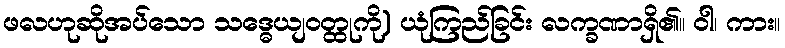
ဖလဟုဆိုအပ်သော သဒ္ဓေယျဝတ္ထုကို) ယုံကြည်ခြင်း လက္ခဏာရှိ၏။ ဝါ၊ ကား။